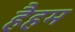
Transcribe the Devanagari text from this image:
हैहम